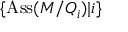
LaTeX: \{ \operatorname { A s s } ( M / Q _ { i } ) | i \}